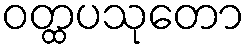
ဝတ္ထပသုတော